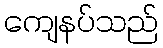
ကျေနပ်သည်